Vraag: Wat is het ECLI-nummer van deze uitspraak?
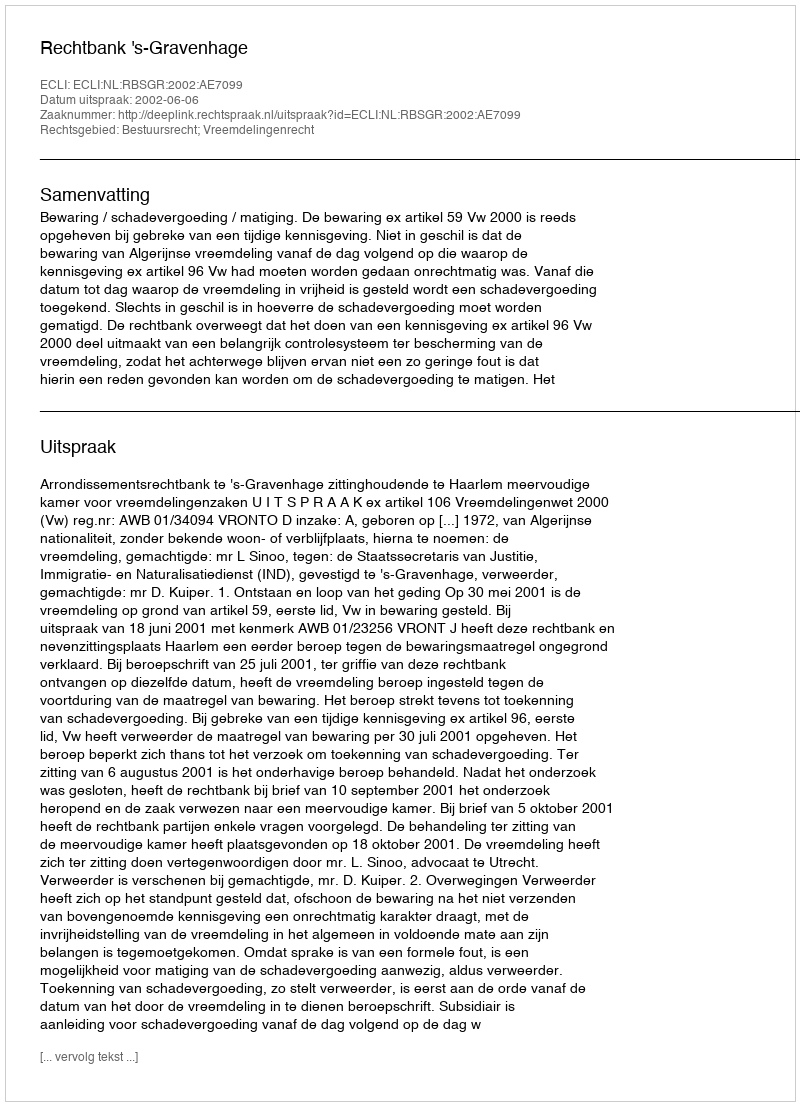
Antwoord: ECLI:NL:RBSGR:2002:AE7099